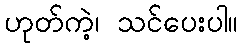
ဟုတ်ကဲ့၊ သင်ပေးပါ။